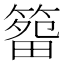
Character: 𥰷